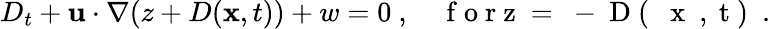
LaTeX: D_{t}+\mathbf{u}\cdot\nabla(z+D(\mathbf{x},t))+w=0\ ,\quad\mathrm{~f~o~r~z~=~-~D~(~\mathbf~{~x~}~,~t~)~}\ .